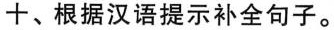
十、根据汉语提示补全句子。